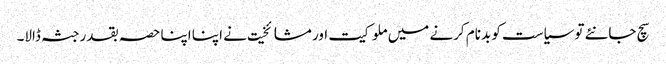
سچ جانئے توسیاست کو بدنام کرنے میں ملوکیت اور مشائخیت نے اپنا اپنا حصہ بقدر جثہ ڈالا۔